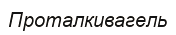
Проталкивагель